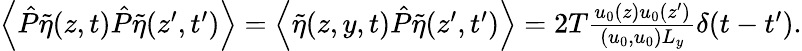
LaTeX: \begin{array}{r}{\left\langle\hat{P}\tilde{\eta}(z,t)\hat{P}\tilde{\eta}(z^{\prime},t^{\prime})\right\rangle=\left\langle\tilde{\eta}(z,y,t)\hat{P}\tilde{\eta}(z^{\prime},t^{\prime})\right\rangle=2T\frac{u_{0}(z)u_{0}(z^{\prime})}{(u_{0},u_{0})L_{y}}\delta(t-t^{\prime}).}\end{array}